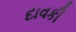
દાવકી